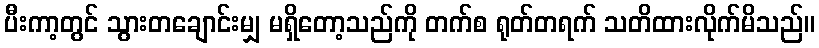
ပီးကာ့တွင် သွားတချောင်းမျှ မရှိတော့သည်ကို တက်စ ရုတ်တရက် သတိထားလိုက်မိသည်။